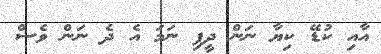
އާއި ކުޑޭ ކިޔާ ނަން ދީފި ނަމަ އެ ދެ ނަން ވެސް